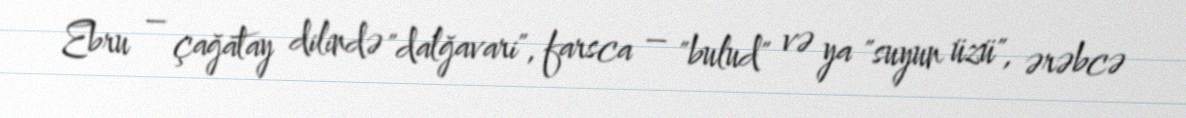
Ebru – çağatay dilində "dalğavari", farsca – "bulud" və ya "suyun üzü", ərəbcə